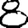
Digit: 8